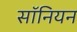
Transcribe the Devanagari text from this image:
सॉनियन